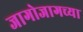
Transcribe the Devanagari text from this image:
जागोजागच्या